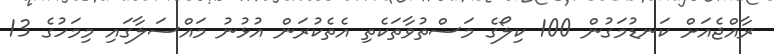
ރާއްޖެއަށް ކަނޑުމަގުން 100 ކިލޯގެ މަސްތުވާތަކެތި އެތެކުރަން އުޅުނު މައްސަލާގައި މިމަހުގެ 13